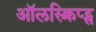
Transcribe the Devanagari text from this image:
ऑलस्क्रिप्ट्स